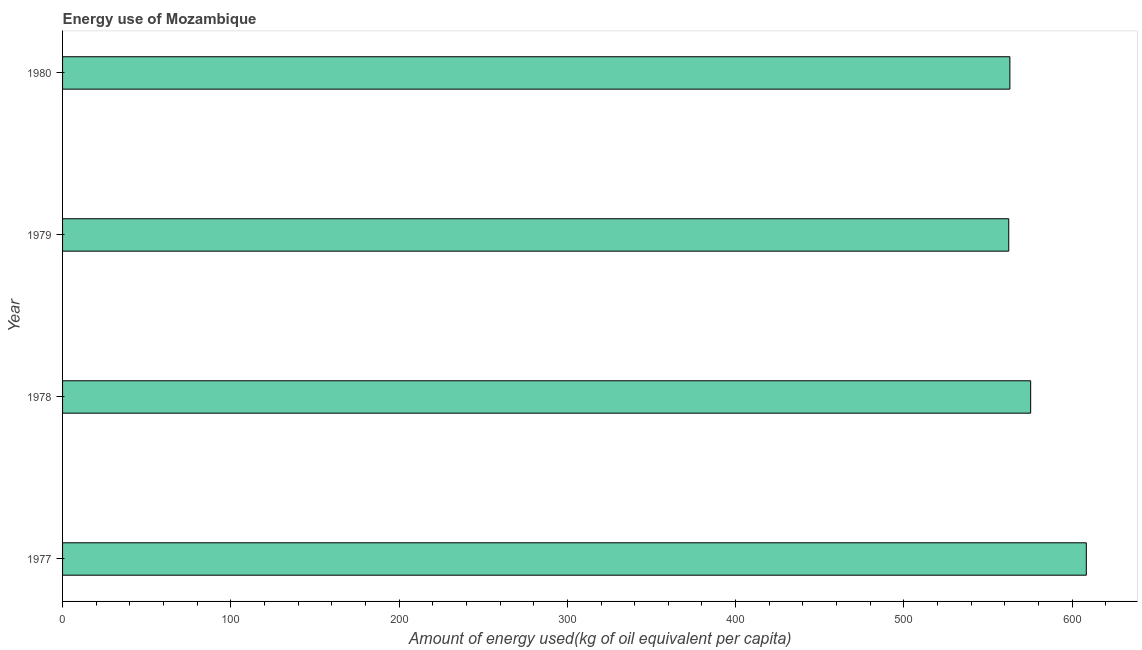
| Year | Energy use  |
 | --- | --- |
 | 1977 | 608 |
 | 1978 | 575 |
 | 1979 | 562 |
 | 1980 | 563 |